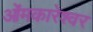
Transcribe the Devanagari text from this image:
ओंमकारेश्‍वर